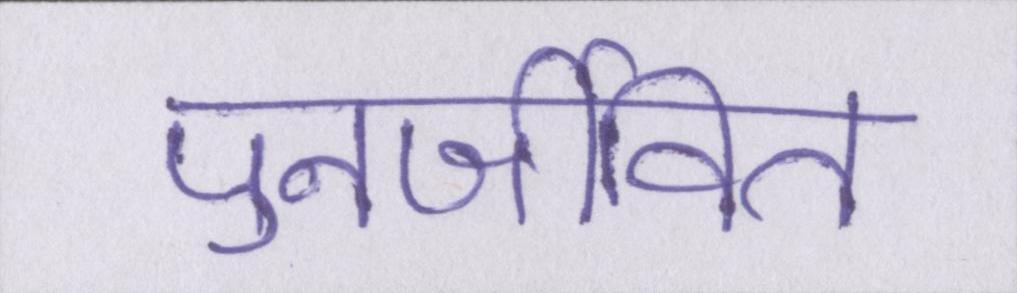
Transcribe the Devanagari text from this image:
पुनर्जीवित